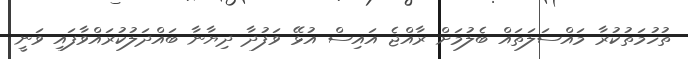
ތުހުމަތުކުރާ މައްސަލަތައް ބެލުމަށް ރާއްޖެ އައިސް އުޅޭ ވަފުދާ ދިޔާނާ ބައްދަލުކުރައްވާފައި ވަނީ